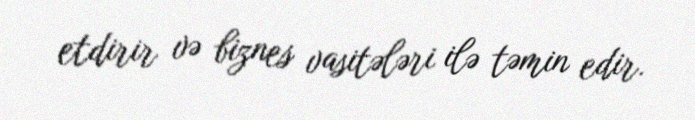
etdirir və biznes vasitələri ilə təmin edir.